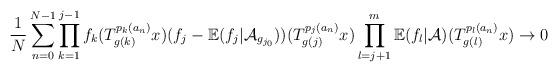
LaTeX: \begin{align*} \frac{1}{N}\sum_{n=0}^{N-1}\prod_{k=1}^{j-1}f_k(T_{g(k)}^{p_k(a_n)}x) (f_j-\mathbb{E}(f_j|\mathcal{A}_{g_{j_0}}))(T_{g(j)}^{p_j(a_n)}x)\prod_{l=j+1}^{m}\mathbb{E}(f_{l}|\mathcal{A})(T_{g(l)}^{p_{l}(a_n)}x)\rightarrow 0 \end{align*}